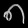
Digit: ၈